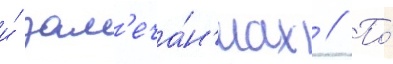
и́ зам'еча́н'иах // По́